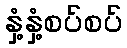
နှံ့နှံ့စပ်စပ်